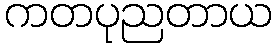
ကတပုညတာယ